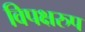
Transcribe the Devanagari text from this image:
विपक्षरुप